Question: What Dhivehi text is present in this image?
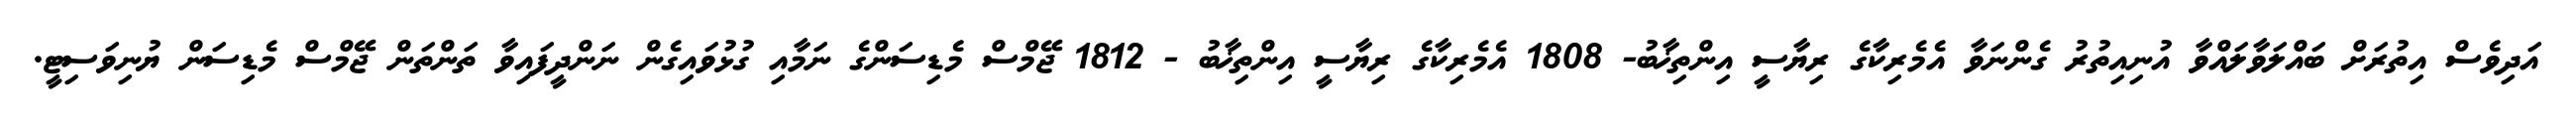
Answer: އަދިވެސް އިތުރަށް ބައްލަވާލައްވާ އުނިއިތުރު ގެންނަވާ އެމެރިކާގެ ރިޔާސީ އިންތިޚާބު- 1808 އެމެރިކާގެ ރިޔާސީ އިންތިޚާބު - 1812 ޖޭމްސް މެޑިސަންގެ ނަމާއި ގުޅުވައިގެން ނަންދީފައިވާ ތަންތަން ޖޭމްސް މެޑިސަން ޔުނިވަސިޓީ.